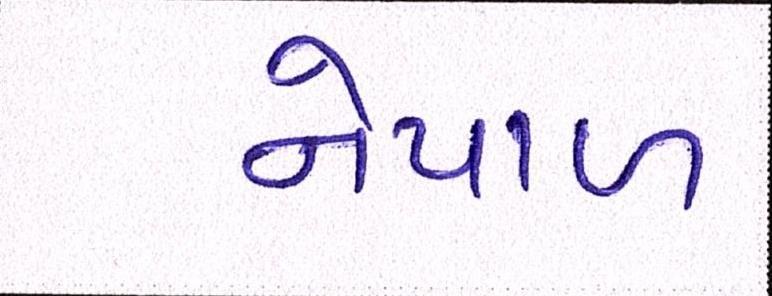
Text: નેપાળ